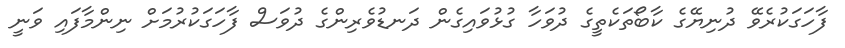
ފާހަގަކުރެވޭ ދުނިޔޭގެ ކާބޯތަކެތީގެ ދުވަހާ ގުޅުވައިގެން ދަނޑުވެރިންގެ ދުވަސް ފާހަގަކުރުމަށް ނިންމާފައި ވަނީ